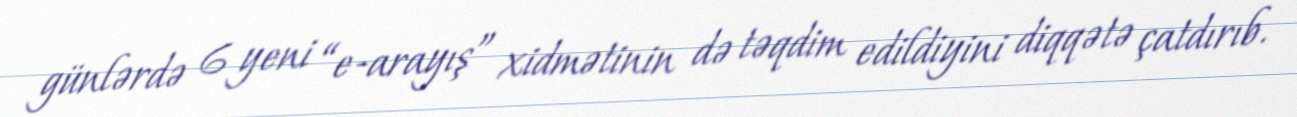
günlərdə 6 yeni “e-arayış” xidmətinin də təqdim edildiyini diqqətə çatdırıb.